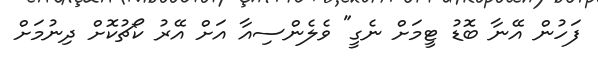
ފަހުން އޭނާ ބޮޑު ޓީމަށް ނެގީ" ވެލެންސިއާ އަށް އޭރު ކޯޗުކޮށް ދިނުމަށް